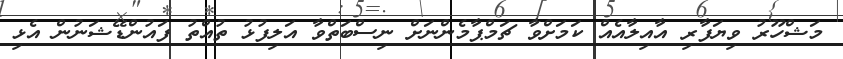
މަޝްހޫރު ވިޔަފާރި އާއިލާއެއް ކަމަށްވާ ޗަމްޕާމެންނަށް ނިސްބަތްވާ އަލިފުޅު ތުއްތު ފައުންޑޭޝަނުން އެޅި